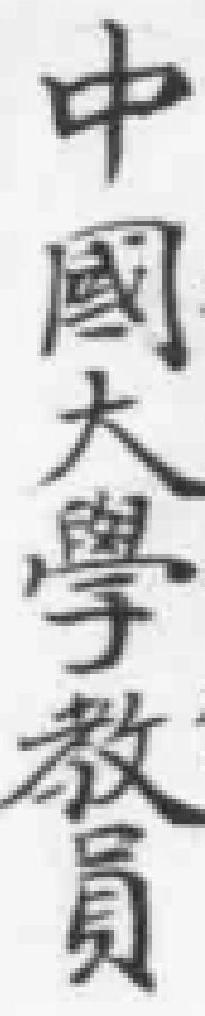
中國大學教員